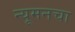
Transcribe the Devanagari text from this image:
न्यूमनचा